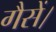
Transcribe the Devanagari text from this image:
गैसें।